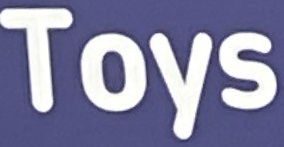
Toys